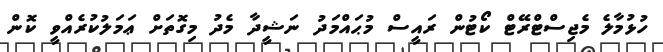
ހުޅުމާލެ މެޖިސްޓްރޭޓް ކޯޓުން ރައީސް މުޙައްމަދު ނަޝީދާ މެދު މިގޮތަށް ޢަމަލުކުރެއްވީ ކޮން